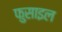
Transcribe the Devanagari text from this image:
फुसाइल